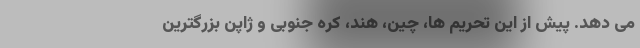
می دهد. پیش از این تحریم ها، چین، هند، کره جنوبی و ژاپن بزرگترین